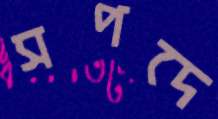
সপদে